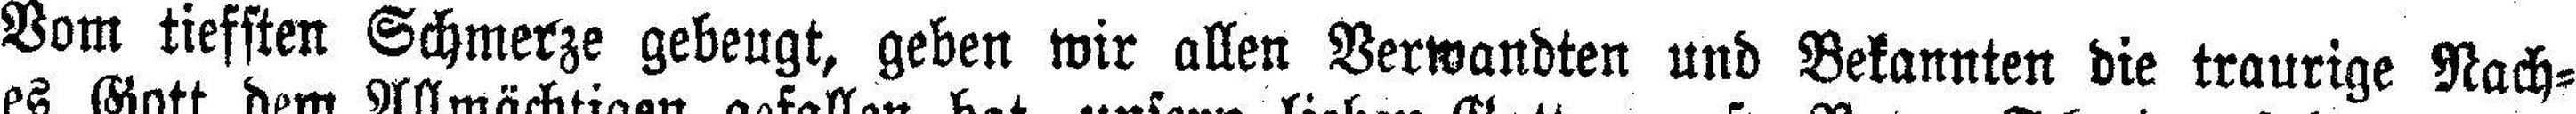
Vom tiefsten Schmerze gebeugt, geben wir allen Verwandten und Bekannten die traurige Nach¬